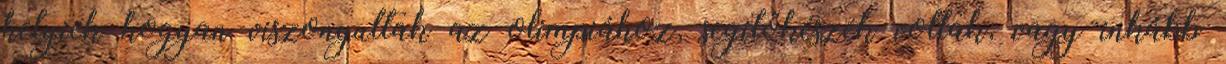
helyiek hogyan viszonyultak az olimpiához, segítőkészek voltak, vagy inkább